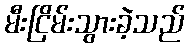
မီးငြိမ်းသွားခဲ့သည်